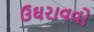
ઉઘરાવવો